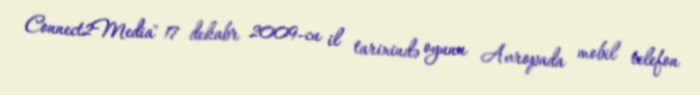
Connect2Media" 17 dekabr 2009-cu il tarixində oyunu Avropada mobil telefon